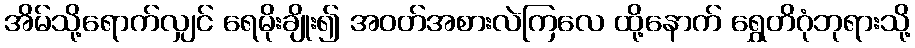
အိမ်သို့ရောက်လျှင် ရေမိုးချိုး၍ အဝတ်အစားလဲကြလေ ထို့နောက် ရွှေတိဂုံဘုရားသို့